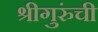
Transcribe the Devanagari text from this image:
श्रीगुरुंंची